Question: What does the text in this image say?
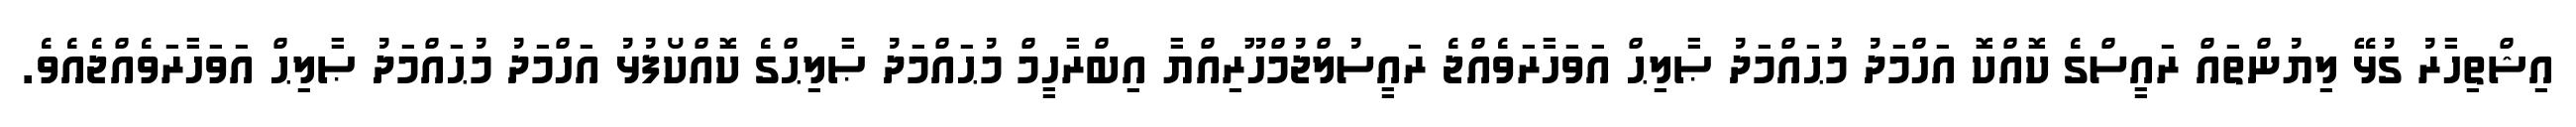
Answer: އިޝްތިހާރު ގުޅޭ ލިޔުންތައް ރައީސްގެ ކޮއްކޮ އަހްމަދު މުޙައްމަދު ޞާލިޙް އަވަހާރަވެއްޖެ ރައީސުލްޖުމްހޫރިއްޔާ އިބްރާހީމް މުޙައްމަދު ޞާލިޙްގެ ކޮއްކޯފުޅު އަހްމަދު މުޙައްމަދު ޞާލިޙް އަވަހާރަވެއްޖެއެވެ.